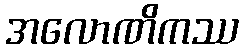
အလောဏိကဿ